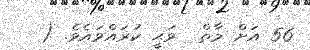
56 އަށް މާތް  ވަޙީ ކުރައްވައެވެ. (